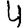
Digit: 4